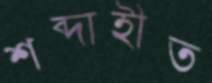
শব্দাহীত